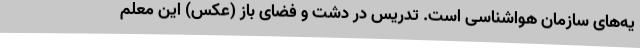
یه‌های سازمان هواشناسی است. تدریس در دشت و فضای باز (عکس) این معلم